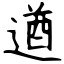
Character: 遒